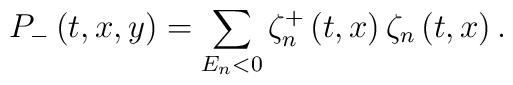
P_{-}\left( t,x,y\right) =\sum_{E_{n}<0}\zeta _{n}^{+}\left( t,x\right)\zeta _{n}\left( t,x\right) .